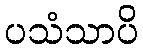
ပသံသာပိ